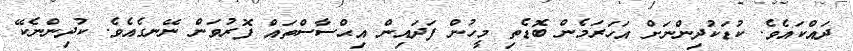
ދައްކައެވެ. ކުޑަކުދިންނަށް އަހަރަމެން ބޮޑެތި މީހުން ފަދައިން އިޙްސާސްތައް ފޮރުވަން ނޭނގެއެވެ. ކުދިންނެކޭ